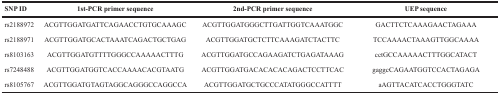
<table><thead><tr><td><b>SNP ID</b></td><td><b>1st-PCR primer sequence</b></td><td><b>2nd-PCR primer sequence</b></td><td><b>UEP sequence</b></td></tr></thead><tbody><tr><td>rs2188972</td><td>ACGTTGGATGATTCAGAACCTGTGCAAAGC</td><td>ACGTTGGATGGGCTTGATTGGTCAAATGGC</td><td>GACTTCTCAAAGAACTAGAAA</td></tr><tr><td>rs2188971</td><td>ACGTTGGATGCACTAAATCAGACTGCTGAG</td><td>ACGTTGGATGCTCTTCAAAGATCTACTTC</td><td>TCCAAAACTAAAGTTGGCAAAA</td></tr><tr><td>rs8103163</td><td>ACGTTGGATGTTTTGGGCCAAAAACTTTG</td><td>ACGTTGGATGCCAGAAGATCTGAGATAAAG</td><td>cctGCCAAAAACTTTGGCATACT</td></tr><tr><td>rs7248488</td><td>ACGTTGGATGGTCACCAAAACACGTAATG</td><td>ACGTTGGATGACACACACAGACTCCTTCAC</td><td>gaggcCAGAATGGTCCACTAGAGA</td></tr><tr><td>rs8105767</td><td>ACGTTGGATGTAGTAGGCAGGGCCAGGCCA</td><td>ACGTTGGATGCTGCCCATATGGGCCATTTT</td><td>aAGTTACATCACCTGGGTATC</td></tr></tbody></table>